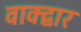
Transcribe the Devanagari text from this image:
वाक्द्वार